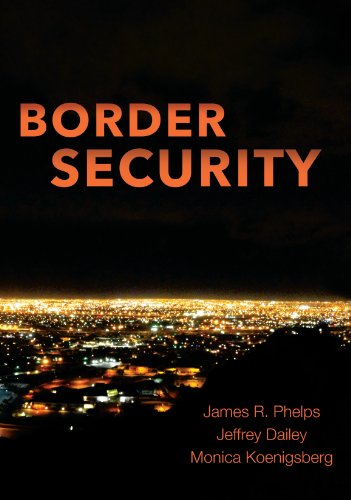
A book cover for Border Security; James R. Phelps; Politics & Social Sciences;